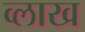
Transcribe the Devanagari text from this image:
व्लाख